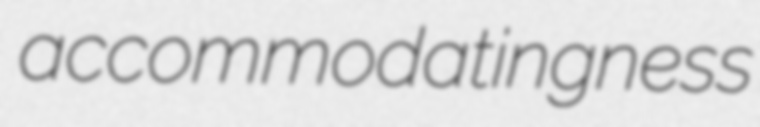
accommodatingness